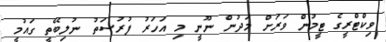
ވިކްޓްރީގެ ޓީމުން ވަރަށް މަދުން ނޫނީ މި އަހަރު ފުރުސަތު ނުލިބޭތީ ގައުމީ